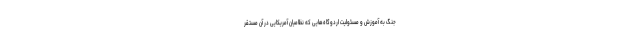
جنگ به آموزش و مسئولیت اردوگاه‌هایی که نظامیان آمریکایی در آن مستقر